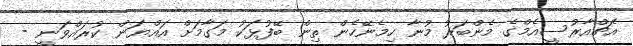
އެޗްއާރުސީއެމްގެ މެންބަރު މުނާ ހިމެނޭހެން ތިން ބޭފުޅަކު މަގާމަށް އައްޔަން ކުރައްވަނީ -